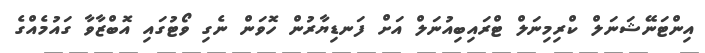
އިންޓަނޭޝަނަލް ކްރިމިނަލް ޓްރައިބިއުނަލް އަށް ފަނޑިޔާރުން ހޮވަން ނެގި ވޯޓުގައި އޮބްޒާވާ ގައުމެއްގެ